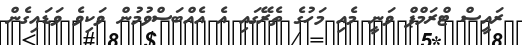
ރައީސް ޓްރަމްޕް ވަނީ މެއި މަހުގެ ތެރޭގައި އެ އެއްބަސްވުމުން ވަކިވެ ވަޑައިގެން